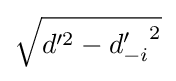
{\sqrt {d'^{2}-{d'_{-i}}^{2}}}